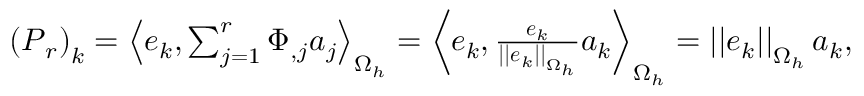
\begin{array} { r } { \left( \boldsymbol { P } _ { r } \right) _ { k } = \left< \boldsymbol { e } _ { k } , \sum _ { j = 1 } ^ { r } \Phi _ { , j } a _ { j } \right> _ { \Omega _ { h } } = \left< \boldsymbol { e } _ { k } , \frac { \boldsymbol { e } _ { k } } { \left| \left| \boldsymbol { e } _ { k } \right| \right| _ { \Omega _ { h } } } a _ { k } \right> _ { \Omega _ { h } } = \left| \left| \boldsymbol { e } _ { k } \right| \right| _ { \Omega _ { h } } a _ { k } , } \end{array}